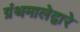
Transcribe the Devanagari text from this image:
ग्रंथमालेद्वारे